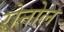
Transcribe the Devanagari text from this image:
रोनोल